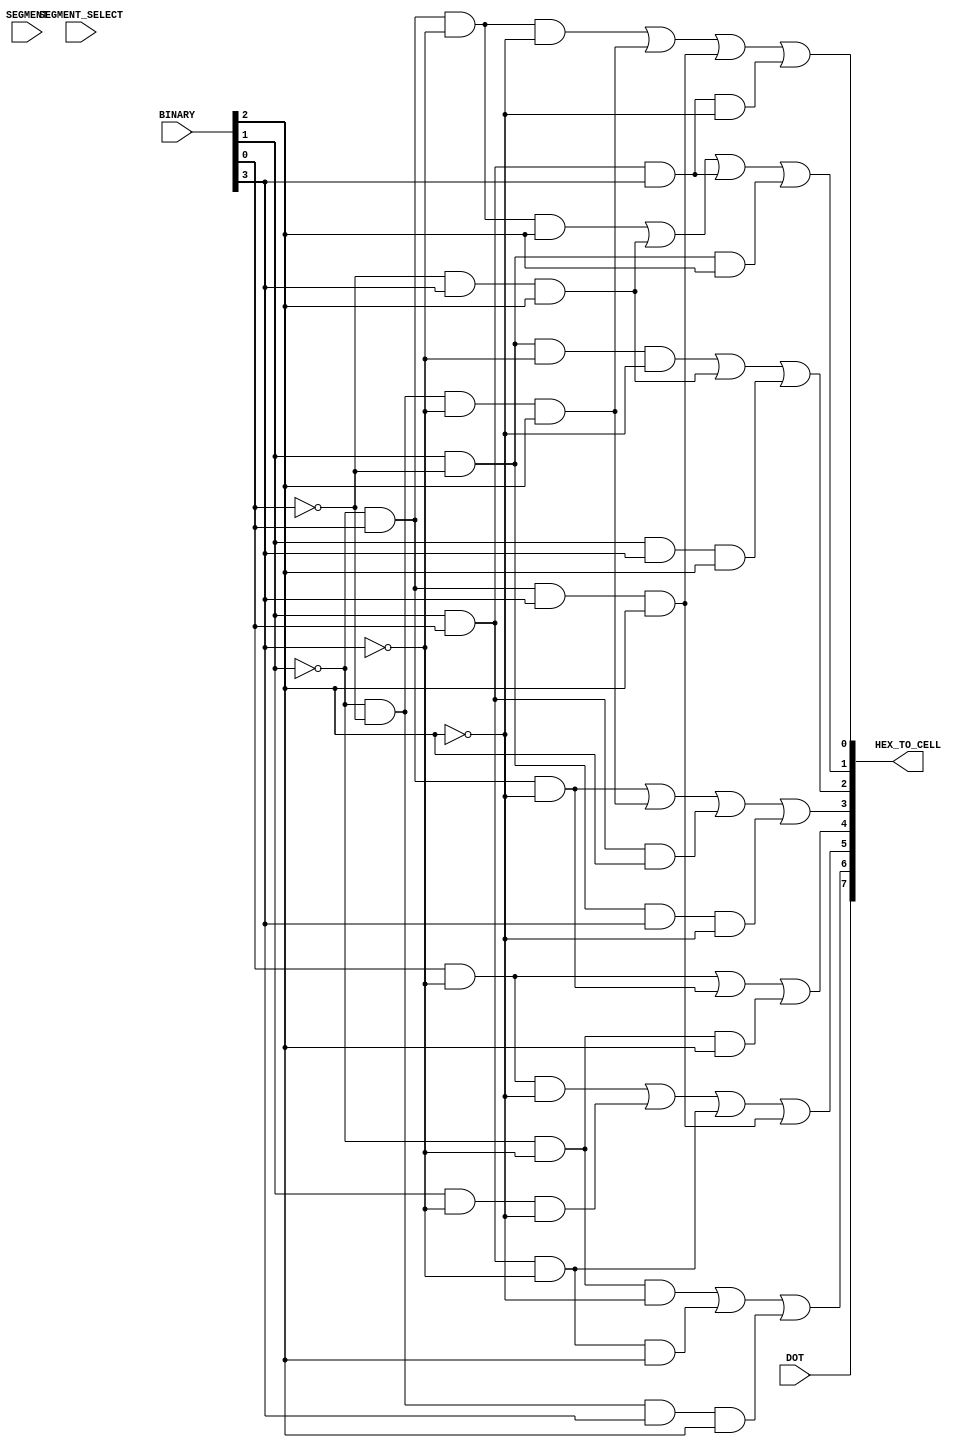
`timescale 1ns / 1ps

module binary_to_hex_display(
    input [3:0] BINARY,
    input [1:0] SEGMENT,
    input DOT,
    output [7:0] HEX_TO_CELL,
    input [3:0] SEGMENT_SELECT
    );
    
    wire A, B, C, D, E, F;
    
    assign B = BINARY[0];
    assign A = BINARY[1];
    assign D = BINARY[2];
    assign C = BINARY[3];
    assign E = SEGMENT[0];
    assign F = SEGMENT[1];
    
    assign HEX_TO_CELL[0] = ((~A)&B&(~C)&(~D))|((~A)&(~B)&(~C)&D)|((~A)&B&C&D)|(A&B&C&(~D));
    assign HEX_TO_CELL[1] = ((~A)&B&(~C)&D)|((~B)&C&D)|(A&B&C)|(A&(~B)&D);
    assign HEX_TO_CELL[2] = (A&(~B)&(~C)&(~D))|((~B)&C&D)|(A&C&D);
    assign HEX_TO_CELL[3] = ((~A)&B&(~D))|((~A)&(~B)&(~C)&D)|(A&B&D)|(A&(~B)&C&(~D));
    assign HEX_TO_CELL[4] = (B&(~C))|((~A)&B&(~D))|((~A)&(~C)&D);
    assign HEX_TO_CELL[5] = (B&(~C)&(~D))|(A&(~C)&(~D))|(A&B&(~C))|((~A)&B&C&D);
    assign HEX_TO_CELL[6] = ((~A)&(~C)&(~D))|(A&B&(~C)&D)|((~A)&(~B)&C&D);
    assign HEX_TO_CELL[7] = DOT;
    
    assign SEGMENT_SELECT[0] = E|F;
    assign SEGMENT_SELECT[1] = E|(~F);
    assign SEGMENT_SELECT[2] = (~E)|F;
    assign SEGMENT_SELECT[3] = (~E)|(~F);
endmodule